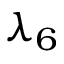
\lambda _ { 6 }